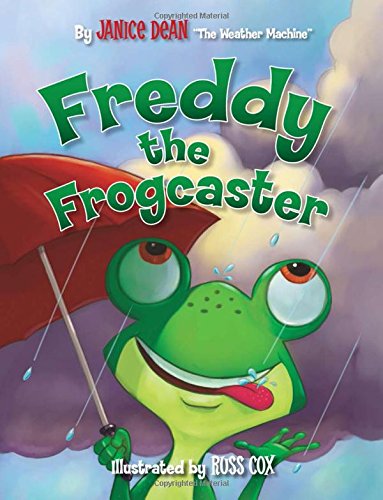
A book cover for Freddy the Frogcaster; Janice Dean; Children's Books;